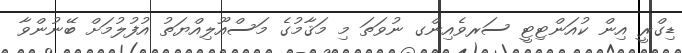
ޑިގްރީ އިން ކުއަންޓިޓީ ސަރވެއިންގ ނުވަތަ މި މަޤާމުގެ މަސްއޫލިއްޔަތު އުފުލުމަށް ބޭނުންވާ